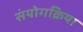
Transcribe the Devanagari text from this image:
संयोगक्रिया